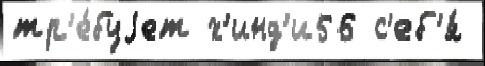
тр'е́буjет х'инд'и56 с'еб'я́